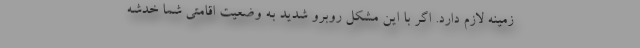
زمینه لازم دارد. اگر با این مشکل روبرو شدید به وضعیت اقامتی شما خدشه